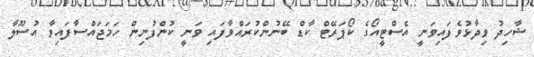
ޝާހިދު ވިދާޅުވެފައިވަނީ އެސްޓީއޯގެ ކޯޕަރޭޓް ކާޑް ބޭނުންކުރައްވާފައި ވަނީ ކުންފުނިން ހަމަޖައްސާފައިވާ އުސޫލާ